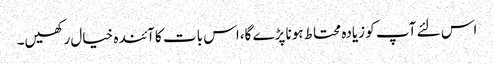
اس لئے آپ کو زیادہ محتاط ہونا پڑے گا،اس بات کا آئندہ خیال رکھیں۔